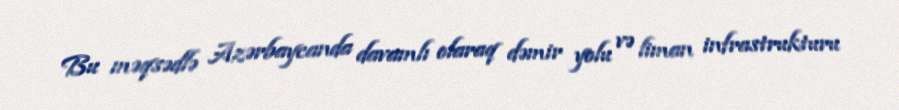
Bu məqsədlə Azərbaycanda davamlı olaraq dəmir yolu və liman infrastrukturu